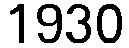
1930